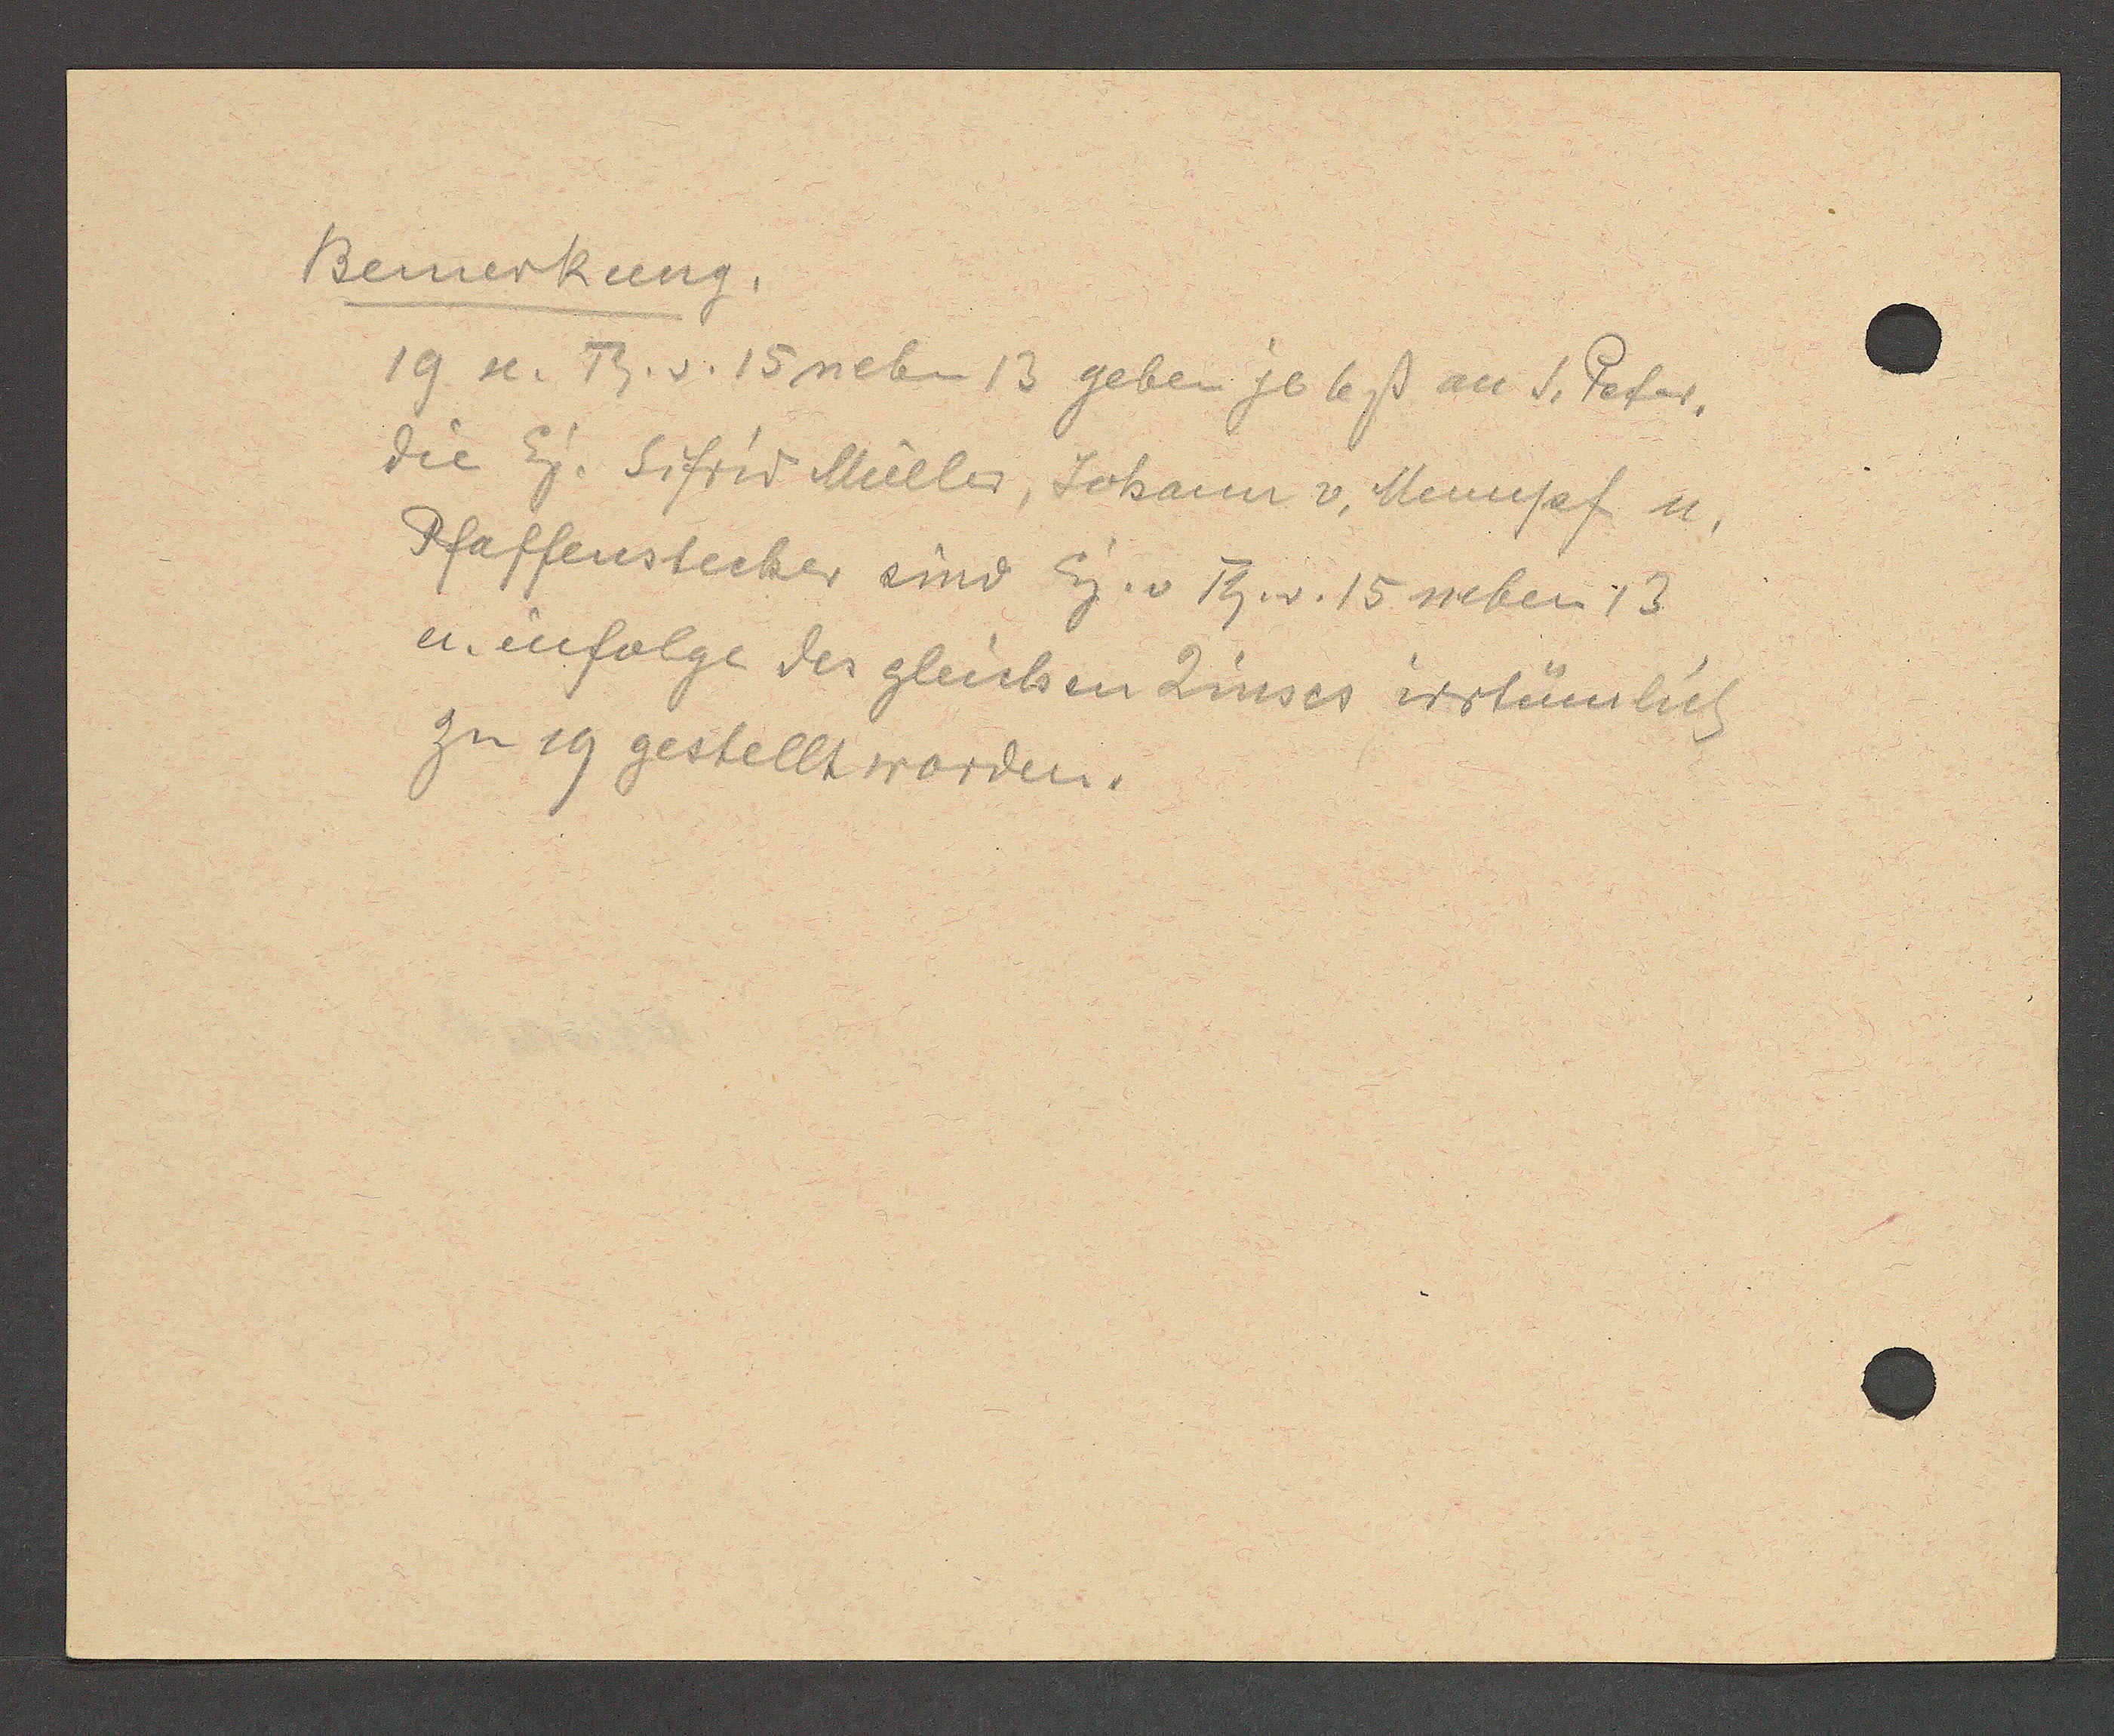
Transcript:
Bemerkung.
19. u. Th. v. 15 neben 14 geben je 6ß an S. Peter,
die Eig. Sifrid Müller, Johann v. Mumpf u.
Pfaffenstecker sind Eig. v Th. v. 15 neben 13
u. infolge des gleichen Zinses irrtümlich
zu 19 gestellt worden.